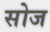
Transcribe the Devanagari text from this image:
सोज